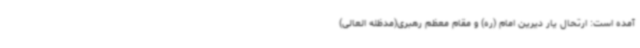
آمده است: ارتحال یار دیرین امام (ره) و مقام معظم رهبری(مدظله العالی)